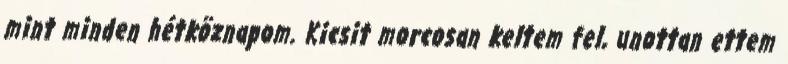
mint minden hétköznapom. Kicsit morcosan keltem fel, unottan ettem